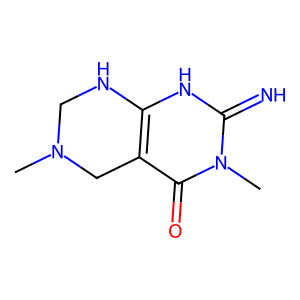
SMILES: CN1CNc2[nH]c(=N)n(C)c(=O)c2C1
Inhibits HIV replication: No